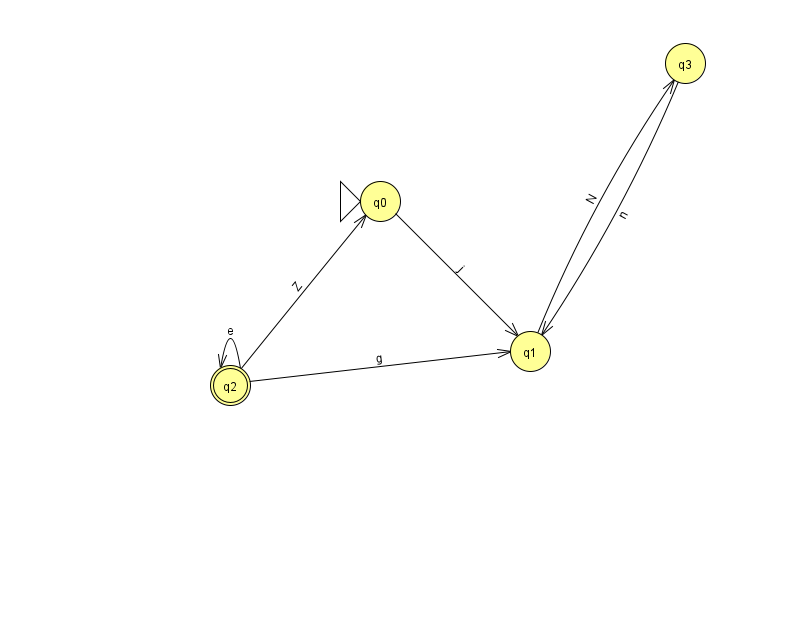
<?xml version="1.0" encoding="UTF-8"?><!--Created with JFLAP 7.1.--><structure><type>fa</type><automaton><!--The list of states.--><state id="0" name="q0"><x>380.0</x><y>188.0</y><initial/></state><state id="1" name="q1"><x>530.0</x><y>338.0</y></state><state id="2" name="q2"><x>230.0</x><y>372.0</y><final/></state><state id="3" name="q3"><x>685.0</x><y>50.0</y></state><!--The list of transitions.--><transition><from>2</from><to>1</to><read>g</read></transition><transition><from>2</from><to>2</to><read>e</read></transition><transition><from>2</from><to>0</to><read>Z</read></transition><transition><from>0</from><to>1</to><read>j</read></transition><transition><from>1</from><to>3</to><read>N</read></transition><transition><from>3</from><to>1</to><read>n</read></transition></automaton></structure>